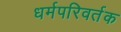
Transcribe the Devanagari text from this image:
धर्मपरिवर्तक